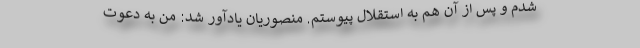
شدم و پس از آن هم به استقلال پیوستم. منصوریان یادآور شد: من به دعوت